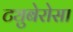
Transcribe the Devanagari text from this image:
ट्युबेरोसा